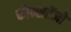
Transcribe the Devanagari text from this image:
कौन्सटेंजो